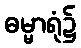
ဓမ္မာရုံ၌